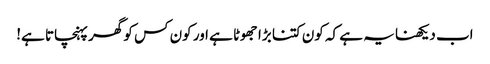
اب دیکھنا یہ ہے کہ کون کتنا بڑا جھوٹا ہے اور کون کس کو گھر پہنچاتا ہے!